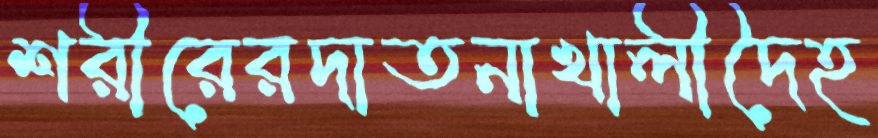
শরীরেরদাতনাখালীদৈহ